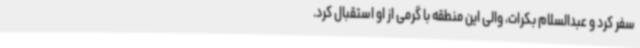
سفر کرد و عبدالسلام بکرات، والی این منطقه با گرمی از او استقبال کرد.